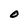
Character: O